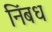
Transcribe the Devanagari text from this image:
निंबध